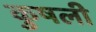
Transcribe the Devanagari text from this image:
कुषली